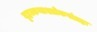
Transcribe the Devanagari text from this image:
बृहत्कथाश्लोकसंग्रहः